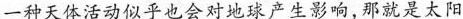
一种天体活动似乎也会对地球产生影响，那就是太阳